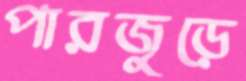
পারজুড়ে